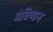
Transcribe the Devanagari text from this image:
मेक्ग्विन